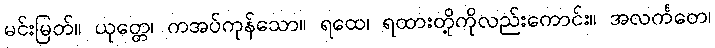
မင်းမြတ်။ ယုတ္တေ၊ ကအပ်ကုန်သော။ ရထေ၊ ရထားတို့ကိုလည်းကောင်း။ အလင်္ကတေ၊